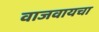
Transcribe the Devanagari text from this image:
वाजवायचा